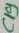
Text: C19